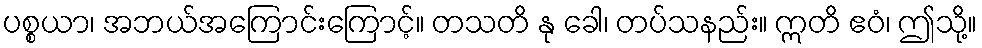
ပစ္စယာ၊ အဘယ်အကြောင်းကြောင့်။ တသတိ နု ခေါ၊ တပ်သနည်း။ ဣတိ ဧဝံ၊ ဤသို့။